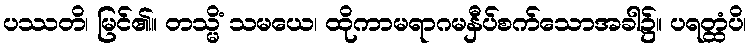
ပဿတိ၊ မြင်၏။ တသ္မိံ သမယေ၊ ထိုကာမရာဂမနှီပ်စက်သောအခါ၌။ ပရတ္ထံပိ၊